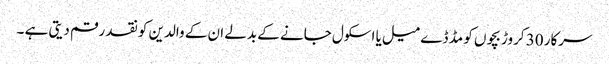
سرکار 30 کروڑ بچوں کو مڈ ڈے میل یا اسکول جانے کے بدلے ان کے والدین کو نقد رقم دیتی ہے ۔